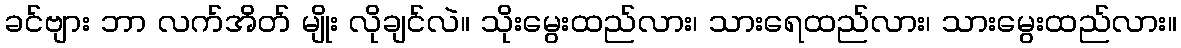
ခင်ဗျား ဘာ လက်အိတ် မျိုး လိုချင်လဲ။ သိုးမွေးထည်လား၊ သားရေထည်လား၊ သားမွေးထည်လား။